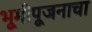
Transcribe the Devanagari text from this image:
भूमीपूजनाचा